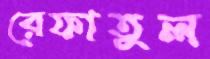
রেফাতুল